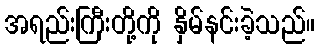
အရည်းကြီးတို့ကို နှိမ်နင်းခဲ့သည်။